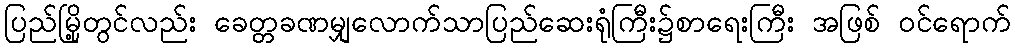
ပြည်မြို့တွင်လည်း ခေတ္တခဏမျှလောက်သာပြည်ဆေးရုံကြီး၌စာရေးကြီး အဖြစ် ဝင်ရောက်